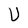
Character: U